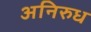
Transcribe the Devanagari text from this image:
अनिरुध